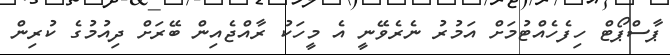
ޕާސްޕޯޓް ހިފެހެއްޓުމަށް އަމުރު ނެރެވޭނީ އެ މީހަކު ރާއްޖެއިން ބޭރަށް ދިއުމުގެ ކުރިން